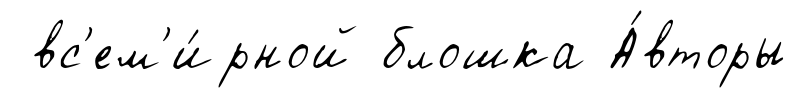
вс'ем'и́рной блошка А́вторы